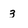
Character: 3